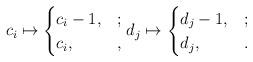
LaTeX: \begin{align*}c_i\mapsto\begin{cases}c_i-1, & ;\\c_i, & ,\end{cases}d_j\mapsto\begin{cases}d_j-1, & ;\\d_j, & .\end{cases}\end{align*}